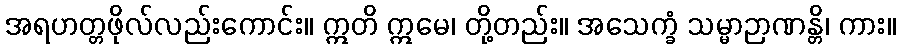
အရဟတ္တဖိုလ်လည်းကောင်း။ ဣတိ ဣမေ၊ တို့တည်း။ အသေက္ခံ သမ္မာဉာဏန္တိ၊ ကား။